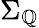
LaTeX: \Sigma_{\mathbb{Q}}